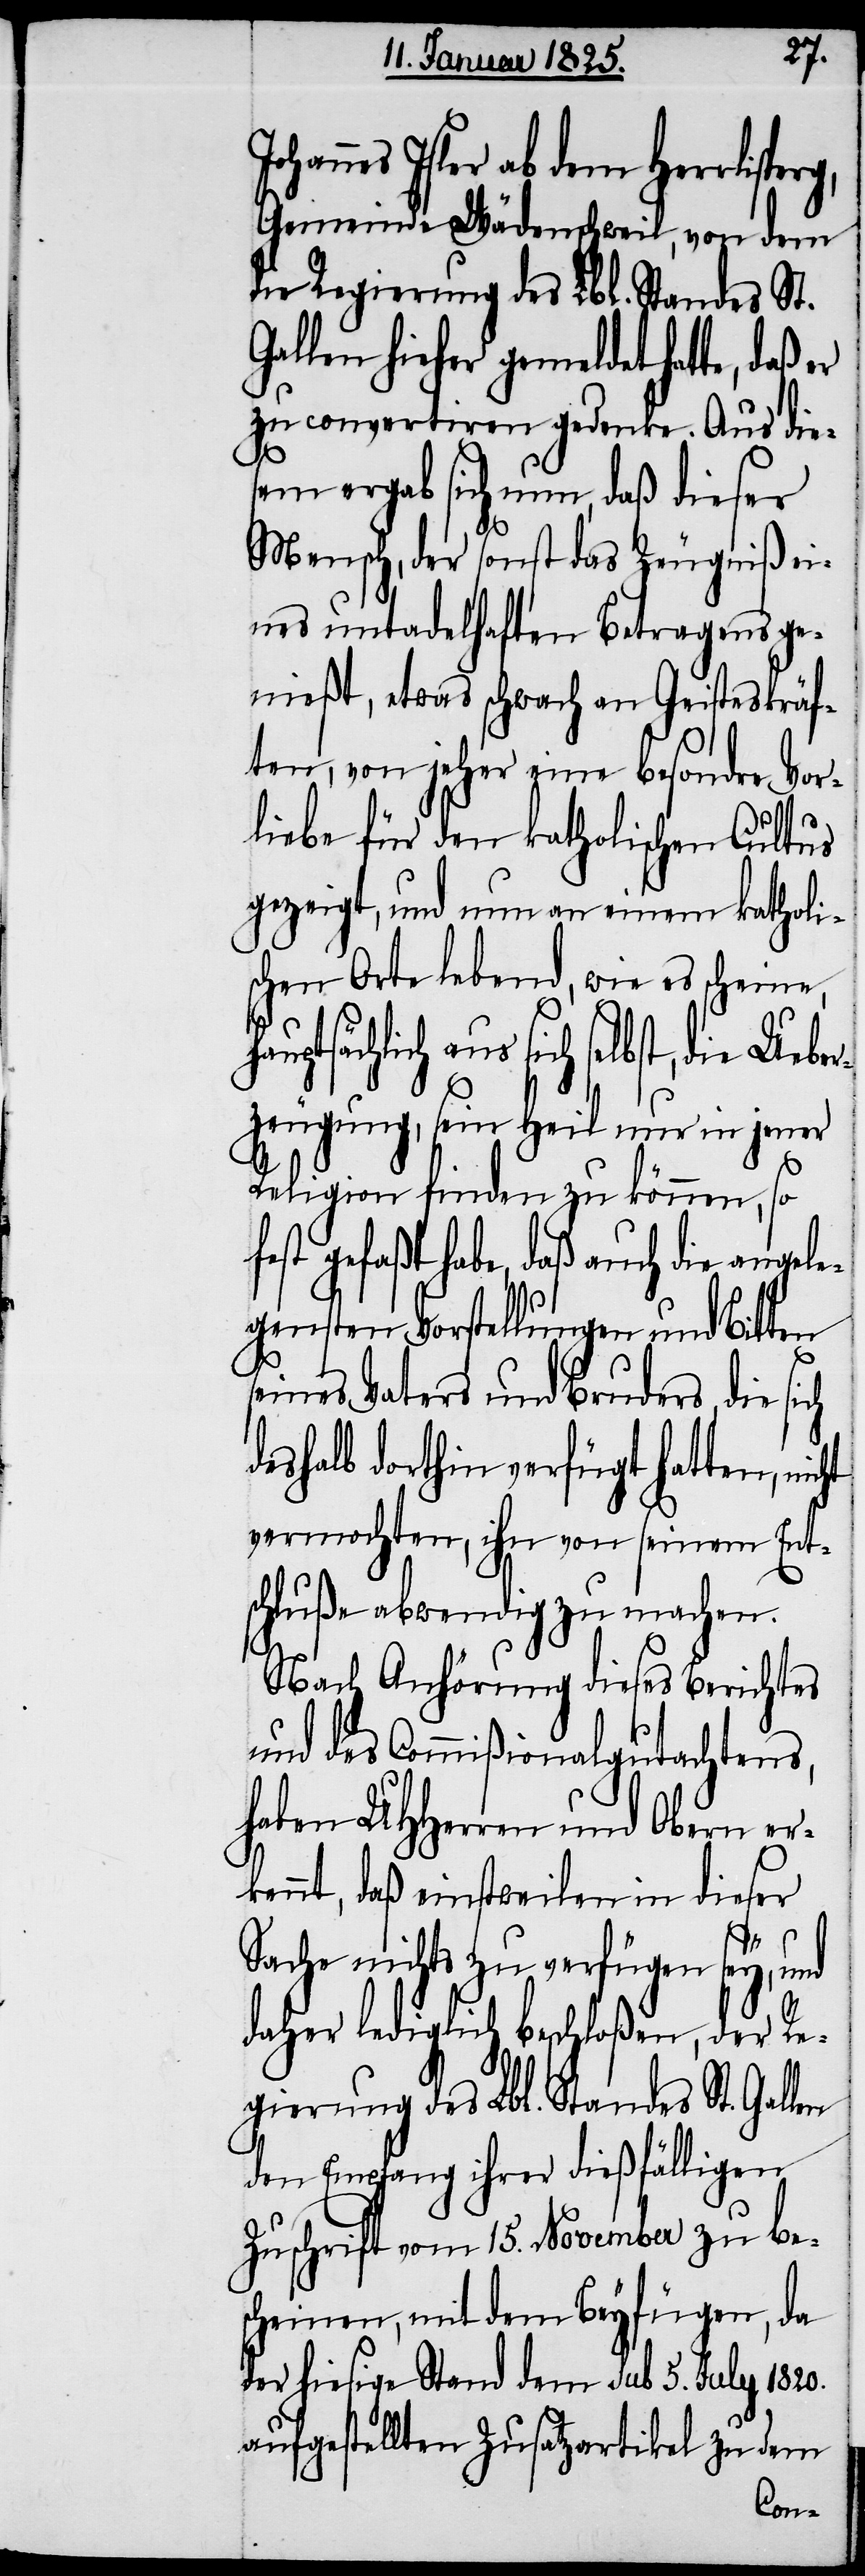
hannes Isler ab dem Herrlispe¬
Gemeinde Wädenschweil, von dem
die Regierung des Lbl. Standes St.
Gallen hieher gemeldet hatte, daß
zu convertiren gedenke. Aus die¬
sem ergab sich nun, daß dieser
Mensch, der sonst das Zeugniß ei¬
nes untadelhaften Betragens ge¬
nießt, etwas schwach an Geisteskräf¬
ten, von jeher eine besondre Vor¬
liebe für den katholischen Cultus
gezeigt, und nun an einem katholi¬
schen Orte lebend, wie es scheine,
aus sich selbst, die Uebe¬
rzeugung, sein Heil nur in jen¬
Religion finden zu können, so
fest gefaßt habe, daß auch die ang¬
gensten Vorstellungen und Bitten
seines Vaters und Bruders, die
deshalb dorthin verfügt
ach¬
vermochten, ihn von sei¬
nem
schluße abwendig zu
Nach Anhörung die¬
t¬
und des Commißiona¬
tens,
haben UHHerren und
er¬
kennt, daß einstweilen in dieser
Sache nichts zu verfügen sey, und
daher lediglich beschloßen, der Re¬
gierung des Lbl. Standes St. Gallen
den Empfang ihrer dießfälligen
Zuschrift vom 15. November zu be¬
scheinen, mit dem Beyfügen, da
der hiesige Stand dem sub 5. July 1820.
aufgestellten Zusatzartikel zu dem